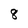
Character: 8